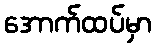
အောက်ထပ်မှာ